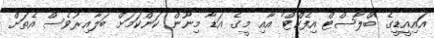
އައިއީޑީގެ 'ބްލާސްޓް އިފެކްޓް' އާއި މީގެ އަޑާ މިނޫން ކަންކަމަށް ބަލާއިރުވެސް އެތަށް